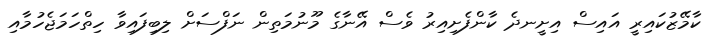
ކާމޭޒުކައިރީ އައިސް އިށީނދެ ކާންފެށިއިރު ވެސް އޭނާގެ މޫނުމަތިން ނަފްސަށް ލިބިފައިވާ ހިތްހަމަޖެހުމާއި